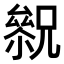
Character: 𠬓